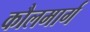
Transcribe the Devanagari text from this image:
कौलमार्ग